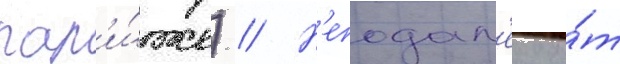
пар'и́же) // Н'еподал'еку о́т